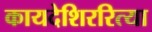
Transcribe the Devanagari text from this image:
कायदेशिररित्या